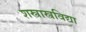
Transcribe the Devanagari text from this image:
शस्त्रास्त्रविद्या